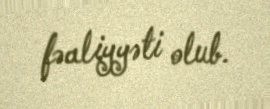
fəaliyyəti olub.